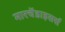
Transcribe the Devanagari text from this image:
मारचेंडाइसर्स